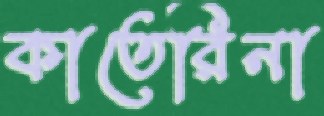
কাতেরিনা